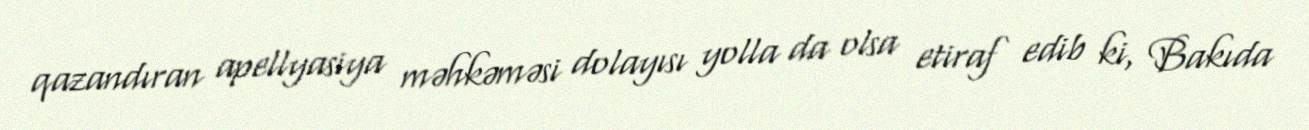
qazandıran apellyasiya məhkəməsi dolayısı yolla da olsa etiraf edib ki, Bakıda